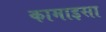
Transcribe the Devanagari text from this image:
कामाइसा